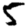
Digit: 5